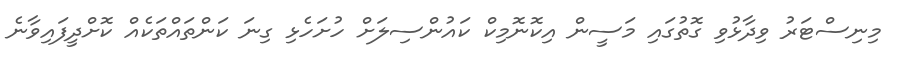
މިނިސްޓަރު ވިދާޅުވި ގޮތުގައި މަސީން އިކޮނޮމިކް ކައުންސިލަށް ހުށަހެޅި ގިނަ ކަންތައްތަކެއް ކޮށްދީފައިވާނެ